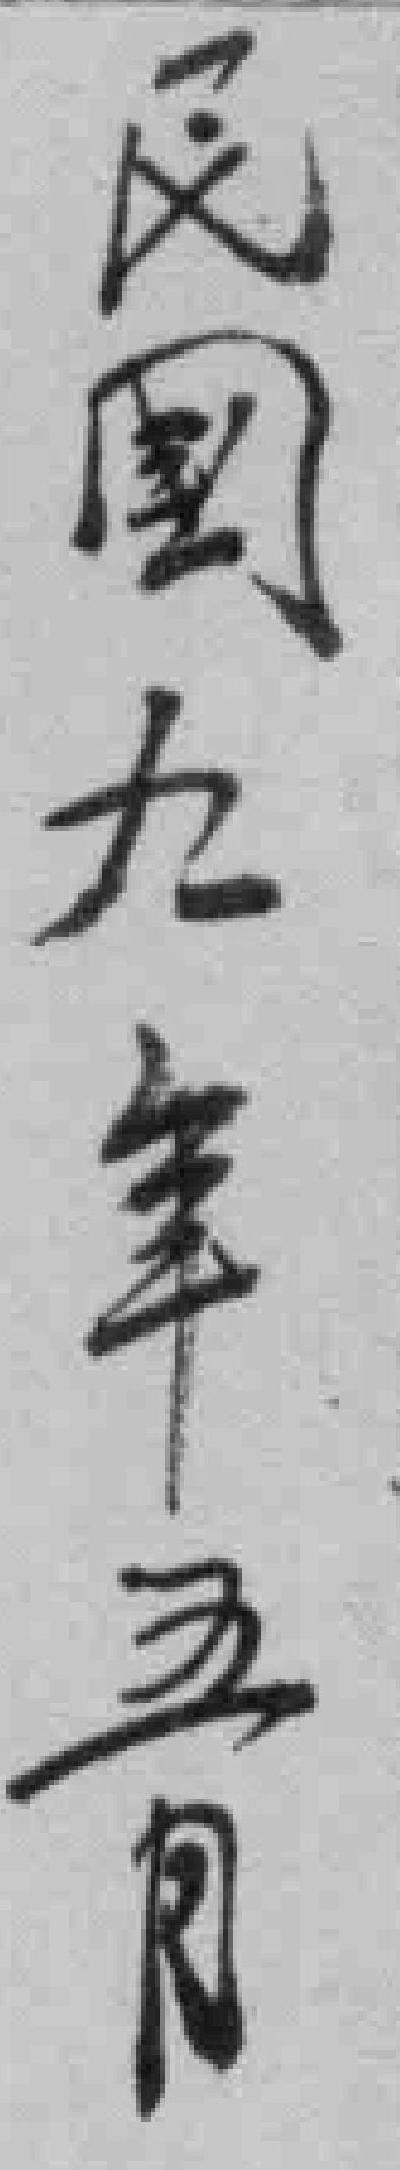
民国九年五月